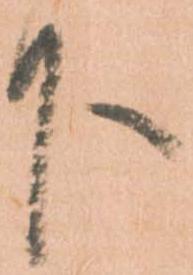
下